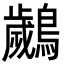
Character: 𮭘